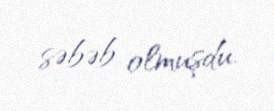
səbəb olmuşdu.